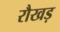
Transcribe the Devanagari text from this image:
रौखड़